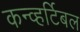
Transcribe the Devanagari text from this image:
कन्व्हर्टिबल